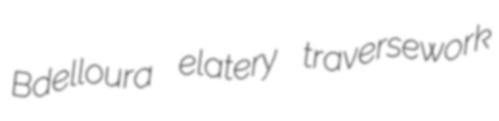
Bdelloura elatery traversework